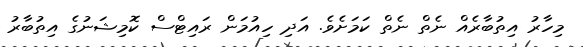
މިހާރު އިތުބާރެއް ނެތް ނެތް ކަމަށެވެ. އަދި ހިއުމަން ރައިޓްސް ކޮމިޝަނުގެ އިތުބާރު